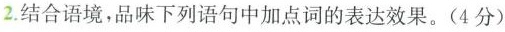
2.结合语境，品味下列语句中加点词的表达效果。（4分）